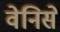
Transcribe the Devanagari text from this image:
वेनिसे